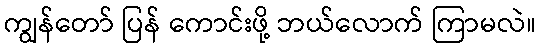
ကျွန်တော် ပြန် ကောင်းဖို့ ဘယ်လောက် ကြာမလဲ။